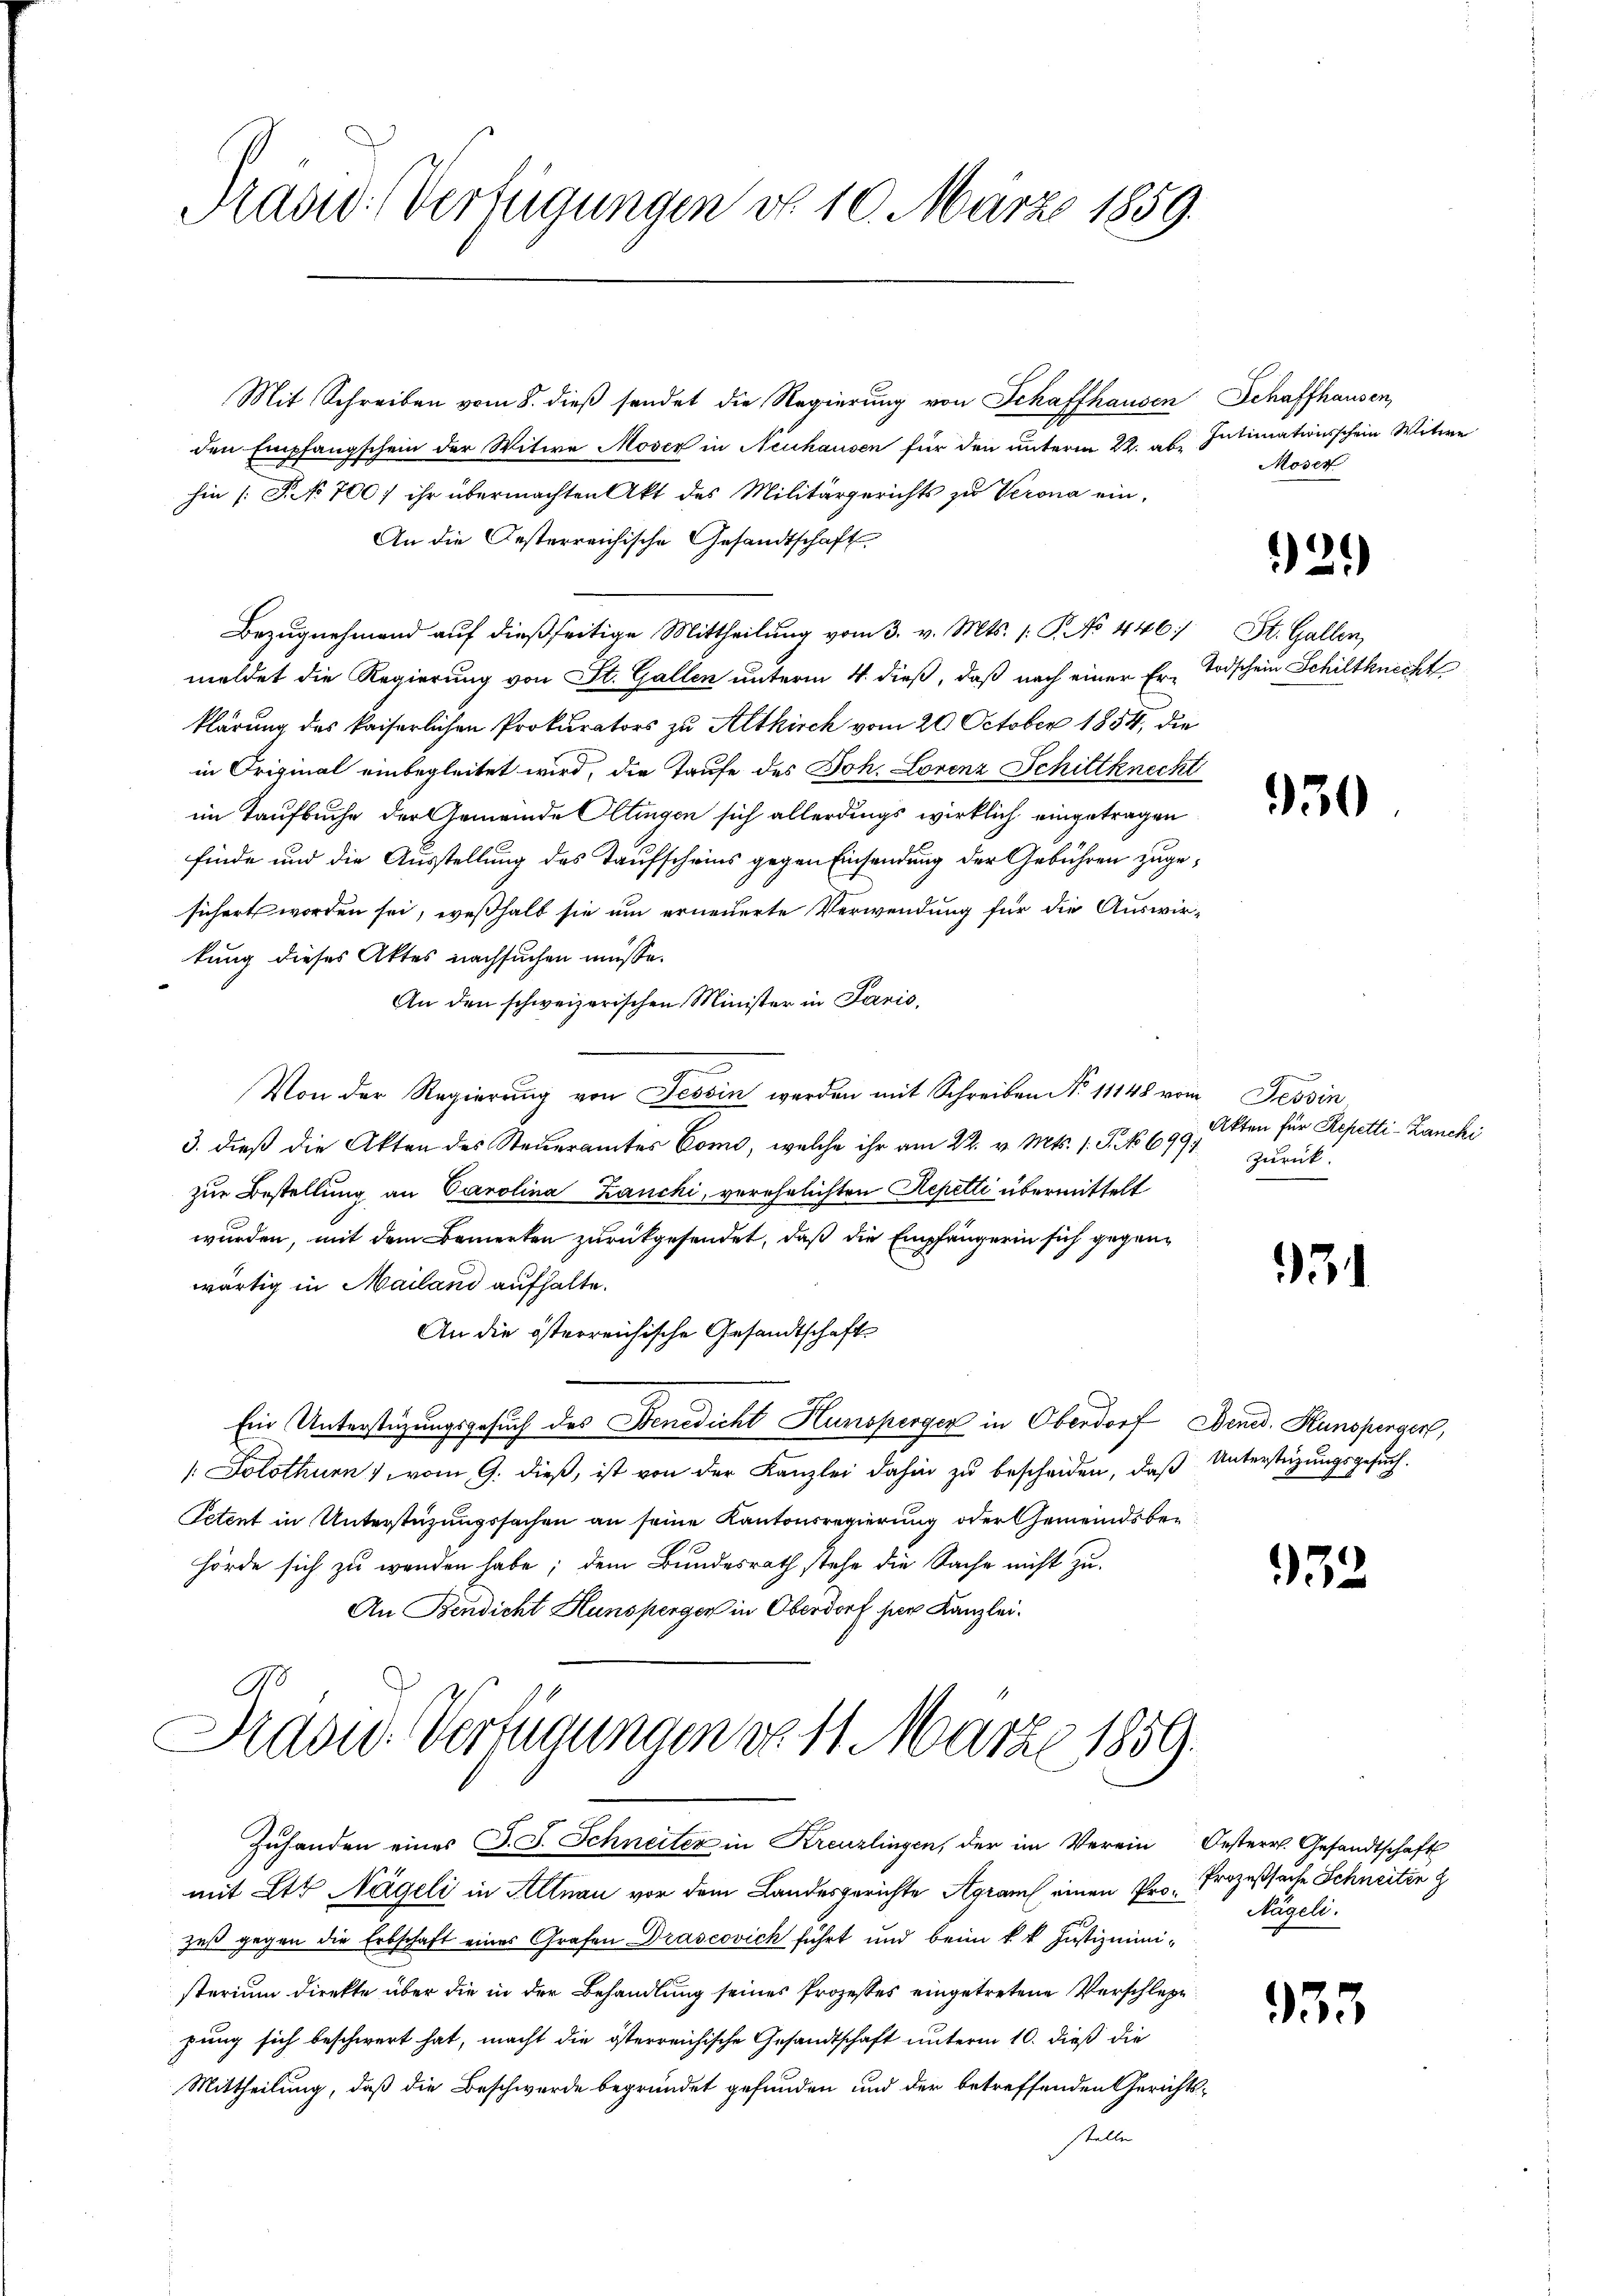
Rasid. Verfügungen d. 10. März 1859.

Mit Schreiben vom 8. dieß sendet die Regierung von Schaffhausen Schaffhausen,
den Empfangschein der Witwe Moser in Neuhausen für den unterm 22. ab. Intimationsschein Witwe
hin (S. 700) ihr übermachten Akt des Militärgerichts zu Verona ein-
An die Oesterreichische Gesandtschaft
Bezŭgnehmend aŭf dießseitige Mittheilŭng vom 3. v. Mts. 1. P. No 446. St. Gallen,
meldet die Regierung von St. Gallen unterm 4. dieß, daß nach einer Er- Todschein Schiltknecht
klärung des kaiserlichen Prokurators zu Altkirch vom 20. October 1854, die
in Original einbegleitet wird, die Taufe des Joh. Lorenz Schiltknecht
im Taufbuche der Gemeinde Oltingen sich allerdings wirklich eingetragen
finde und die Ausstellung des Taufscheins gegen Einsendung der Gebühren zugesichert worden sei, weßhalb sie um erneuerte Verwendung für die Auswirkung dieses Aktes nachsuchen müsse.
An den schweizerischen Minister in Paris,
Von der Regierung von Tessin werden mit Schreiben No 11148 vom Tessin
3. dieß die Akten des Steueramtes Como, welche ihr am 22. v. Mts. 1. J. No 699.
zur Bestellung an Carolina Zanchi, verehelichten Repetti übermittelt
wurden, mit dem Bemerken zurückgesendet, daß die Empfängerin sich gegenwärtig in Mailand aufhalte.
An die österreichische Gesandtschaft
Ein Unterstüzungsgesuch des Benedicht Hunsperger in Oberdorf, Bened. Hunsperger,
[Solothurn vom 9. dieß, ist von der Kanzlei dahin zu bescheiden, daß Unterstüzungsgesuch.
Petent in Unterstüzungssachen an seine Kantonsregierung oder Gemeindsber
hörde sich zu wenden habe; dem Bundesrath stehe die Sache nicht zu
An Bendicht Hunsperger in Oberdorf hier Kanzlei.
Präsid.- Verfügungen von 11. März 1859.
Zuhanden eines J. J. Schneiter in Kreuzlingen, der im Verein Oesterr. Gesandtschaft
mit Att Nägeli in Altnau vor dem Landesgerichte Agram einen Prozeß gegen die Erbschaft eines Grafen Drascovich führt und beim k. k. Justizministerium direkte über die in der Behandlung seines Prozesses eingetretene Verschlege
zung sich beschwert hat, macht die österreichische Gesandtschaft unterm 10. dieß die
Mittheilung, daß die Beschwerde begründet gefunden und der betreffenden Gerichtsstelle

Moser

29)

930

Akten für Repetti-Lancki
zurück.

931

32

Prozeßsache Schneiten z
Nägeli.

55